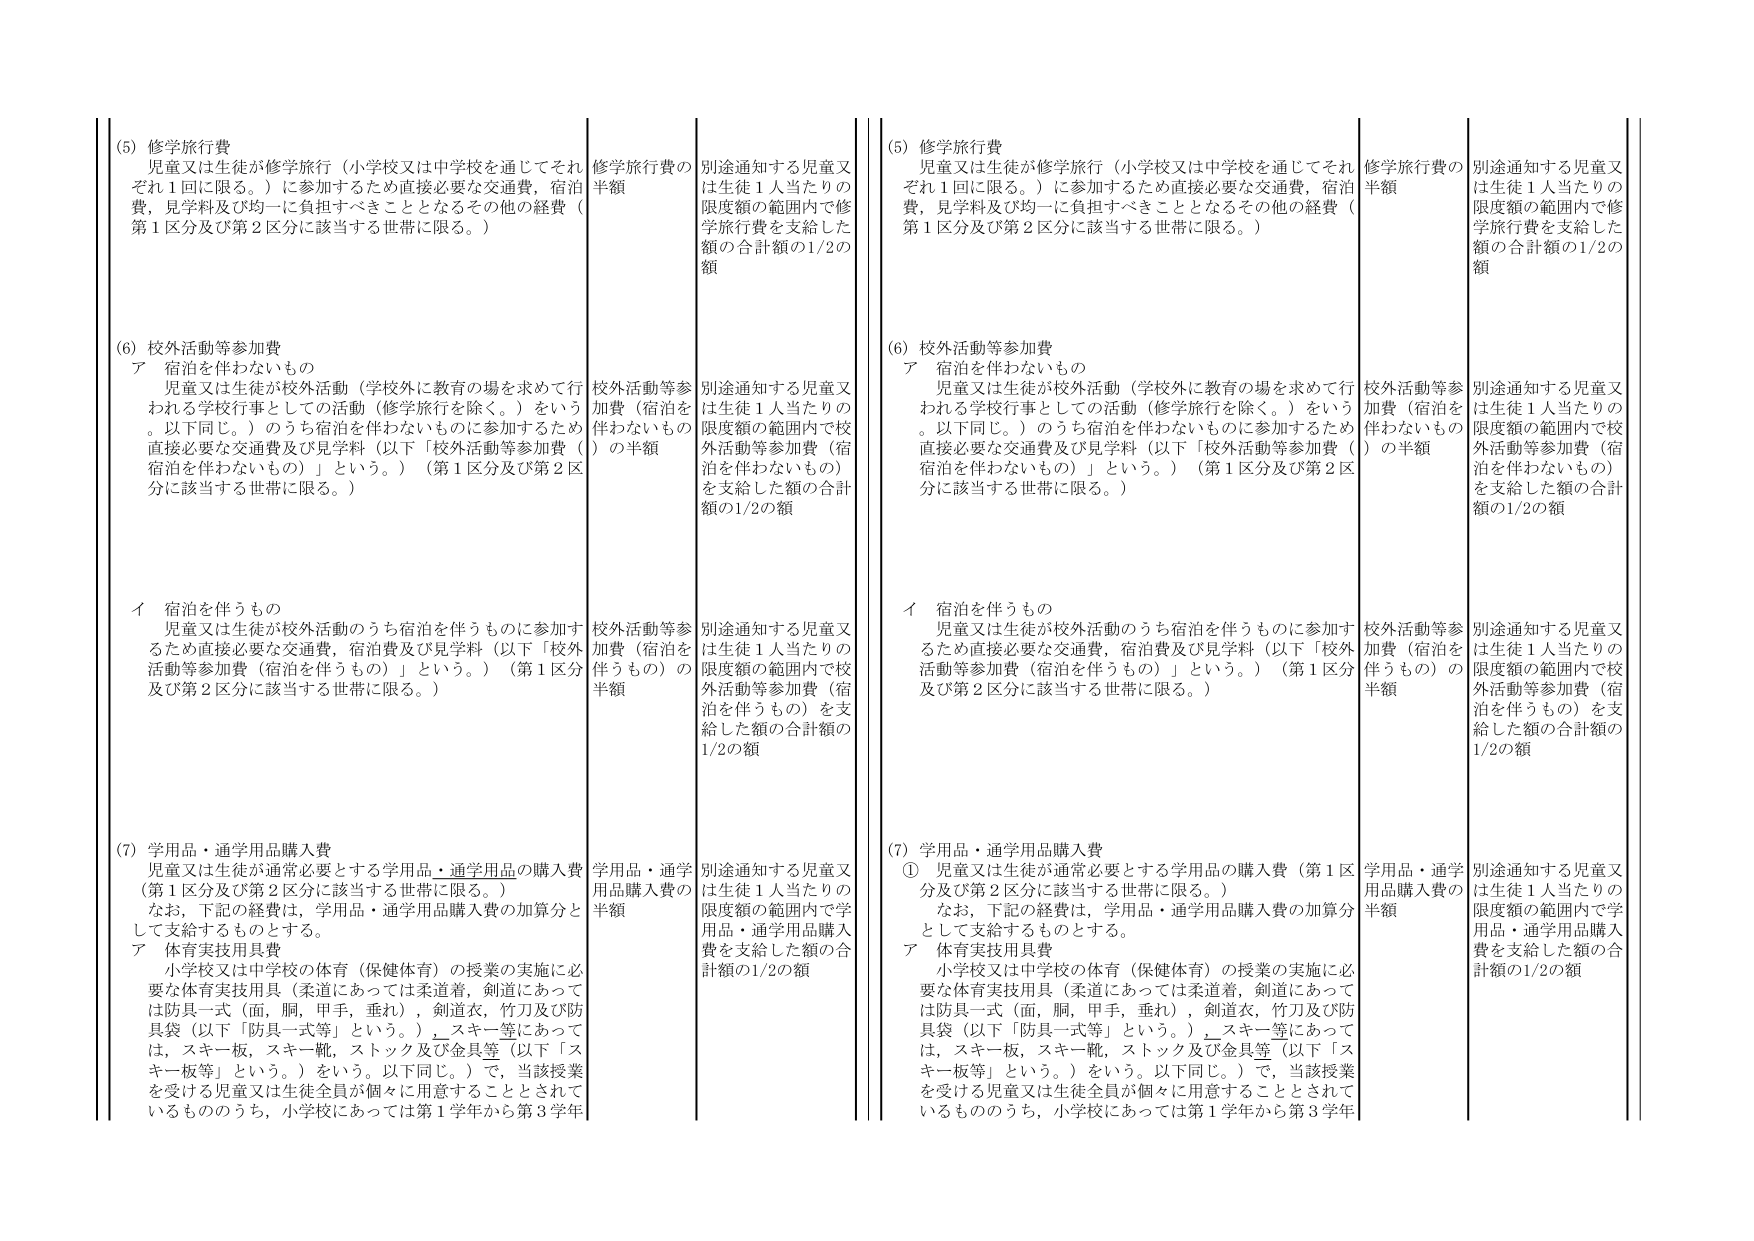
(5) 修学旅行費
児童又は生徒が修学旅行（小学校又は中学校を通じてそれぞれ1回に限る。）に参加するため直接必要な交通費、宿泊費、見学科及び均一に負担すべきこととなるその他の経費（第1区分及び第2区分に該当する世帯に限る。）

修学旅行費の半額

別途通知する児童又は生徒1人当たりの限度額の範囲内で修学旅行費を支給した額の合計額の1/2の額

(6) 校外活動等参加費
ア 宿泊を伴わないもの
児童又は生徒が校外活動（学校外に教育の場を求めて行われる学校行事としての活動（修学旅行を除く。）をいう。以下同じ。）のうち宿泊を伴わないものに参加するため直接必要な交通費及び見学科（以下「校外活動等参加費（宿泊を伴わないもの）」という。）（第1区分及び第2区分に該当する世帯に限る。）

校外活動等参加費（宿泊を伴わないもの）の半額

別途通知する児童又は生徒1人当たりの限度額の範囲内で校外活動等参加費（宿泊を伴わないもの）を支給した額の合計額の1/2の額

イ 宿泊を伴うもの
児童又は生徒が校外活動のうち宿泊を伴うものに参加するため直接必要な交通費、宿泊費及び見学科（以下「校外活動等参加費（宿泊を伴うもの）」という。）（第1区分及び第2区分に該当する世帯に限る。）

校外活動等参加費（宿泊を伴うもの）の半額

別途通知する児童又は生徒1人当たりの限度額の範囲内で校外活動等参加費（宿泊を伴うもの）を支給した額の合計額の1/2の額

(7) 学用品・通学用品購入費
児童又は生徒が通常必要とする学用品・通学用品の購入費（第1区分及び第2区分に該当する世帯に限る。）
なお、下記の経費は、学用品・通学用品購入費の加算分として支給するものとする。
ア 体育実技用具費
小学校又は中学校の体育（保健体育）の授業の実施に必要な体育実技用具（柔道にあっては柔道着，剣道にあっては防具一式（面，胴，甲手，垂れ），剣道衣，竹刀及び防具袋（以下「防具一式等」という。），スキー等にあっては，スキー板，スキー靴，ストック及び金具等（以下「スキー板等」という。）をいう。以下同じ。）で，当該授業を受ける児童又は生徒全員が個々に用意することとされているもののうち，小学校にあっては第1学年から第3学年

学用品・通学用品購入費の半額

別途通知する児童又は生徒1人当たりの限度額の範囲内で学用品・通学用品購入費を支給した額の合計額の1/2の額

(5) 修学旅行費
児童又は生徒が修学旅行（小学校又は中学校を通じてそれぞれ1回に限る。）に参加するため直接必要な交通費、宿泊費、見学科及び均一に負担すべきこととなるその他の経費（第1区分及び第2区分に該当する世帯に限る。）

修学旅行費の半額

別途通知する児童又は生徒1人当たりの限度額の範囲内で修学旅行費を支給した額の合計額の1/2の額

(6) 校外活動等参加費
ア 宿泊を伴わないもの
児童又は生徒が校外活動（学校外に教育の場を求めて行われる学校行事としての活動（修学旅行を除く。）をいう。以下同じ。）のうち宿泊を伴わないものに参加するため直接必要な交通費及び見学科（以下「校外活動等参加費（宿泊を伴わないもの）」という。）（第1区分及び第2区分に該当する世帯に限る。）

校外活動等参加費（宿泊を伴わないもの）の半額

別途通知する児童又は生徒1人当たりの限度額の範囲内で校外活動等参加費（宿泊を伴わないもの）を支給した額の合計額の1/2の額

イ 宿泊を伴うもの
児童又は生徒が校外活動のうち宿泊を伴うものに参加するため直接必要な交通費、宿泊費及び見学科（以下「校外活動等参加費（宿泊を伴うもの）」という。）（第1区分及び第2区分に該当する世帯に限る。）

校外活動等参加費（宿泊を伴うもの）の半額

別途通知する児童又は生徒1人当たりの限度額の範囲内で校外活動等参加費（宿泊を伴うもの）を支給した額の合計額の1/2の額

(7) 学用品・通学用品購入費
① 児童又は生徒が通常必要とする学用品の購入費（第1区分及び第2区分に該当する世帯に限る。）
なお、下記の経費は、学用品・通学用品購入費の加算分として支給するものとする。
ア 体育実技用具費
小学校又は中学校の体育（保健体育）の授業の実施に必要な体育実技用具（柔道にあっては柔道着，剣道にあっては防具一式（面，胴，甲手，垂れ），剣道衣，竹刀及び防具袋（以下「防具一式等」という。），スキー等にあっては，スキー板，スキー靴，ストック及び金具等（以下「スキー板等」という。）をいう。以下同じ。）で，当該授業を受ける児童又は生徒全員が個々に用意することとされているもののうち，小学校にあっては第1学年から第3学年

学用品・通学用品購入費の半額

別途通知する児童又は生徒1人当たりの限度額の範囲内で学用品・通学用品購入費を支給した額の合計額の1/2の額